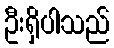
ဦးရှိပါသည်